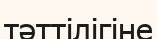
тәттілігіне